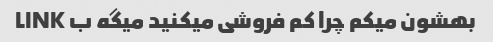
بهشون میکم چرا کم فروشی میکنید میگه ب LINK